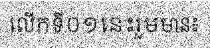
លើកទី០១នេះរួមមាន៖